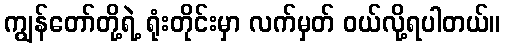
ကျွန်တော်တို့ရဲ့ ရုံးတိုင်းမှာ လက်မှတ် ဝယ်လို့ရပါတယ်။